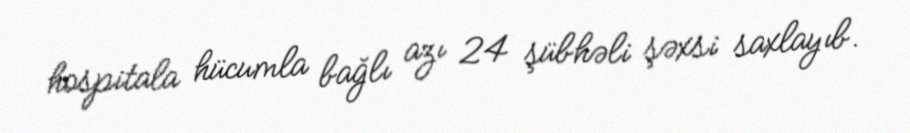
hospitala hücumla bağlı azı 24 şübhəli şəxsi saxlayıb.